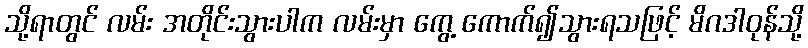
သို့ရာတွင် လမ်း အတိုင်းသွားပါက လမ်းမှာ ကွေ့ ကောက်၍သွားရသဖြင့် မိဂဒါဝုန်သို့